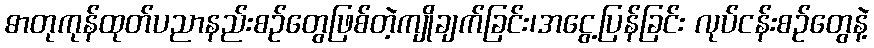
ဓာတုကုန်ထုတ်ပညာနည်းစဉ်တွေဖြစ်တဲ့ကျိုချက်ခြင်း၊အငွေ့ပြန်ခြင်း လုပ်ငန်းစဉ်တွေနဲ့